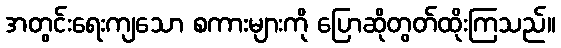
အတွင်းရေးကျသော စကားများကို ပြောဆိုတွတ်ထိုးကြသည်။